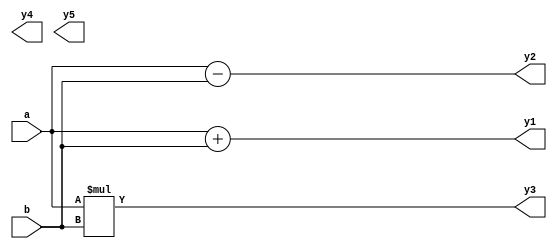
// Verilog arithmetic operator

module arithmetic_operation (a, b, y1, y2, y3, y4, y5);

input [0:3] a, b;
output [0:4] y1;
output [0:5] y3;
output [0:3] y2, y4, y5;

reg [0:4] y1;
reg [0:5] y3;
reg [0:3] y2, y4, y5;

always @(a or b) 
begin

    y1 = a + b;
    y2 = a - b;
    y3 = a * b;
    
end

endmodule